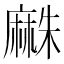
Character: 𪎡